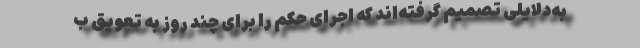
به‌دلایلی تصمیم گرفته‌اند که اجرای حکم را برای چند روز به تعویق ب